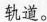
轨道。